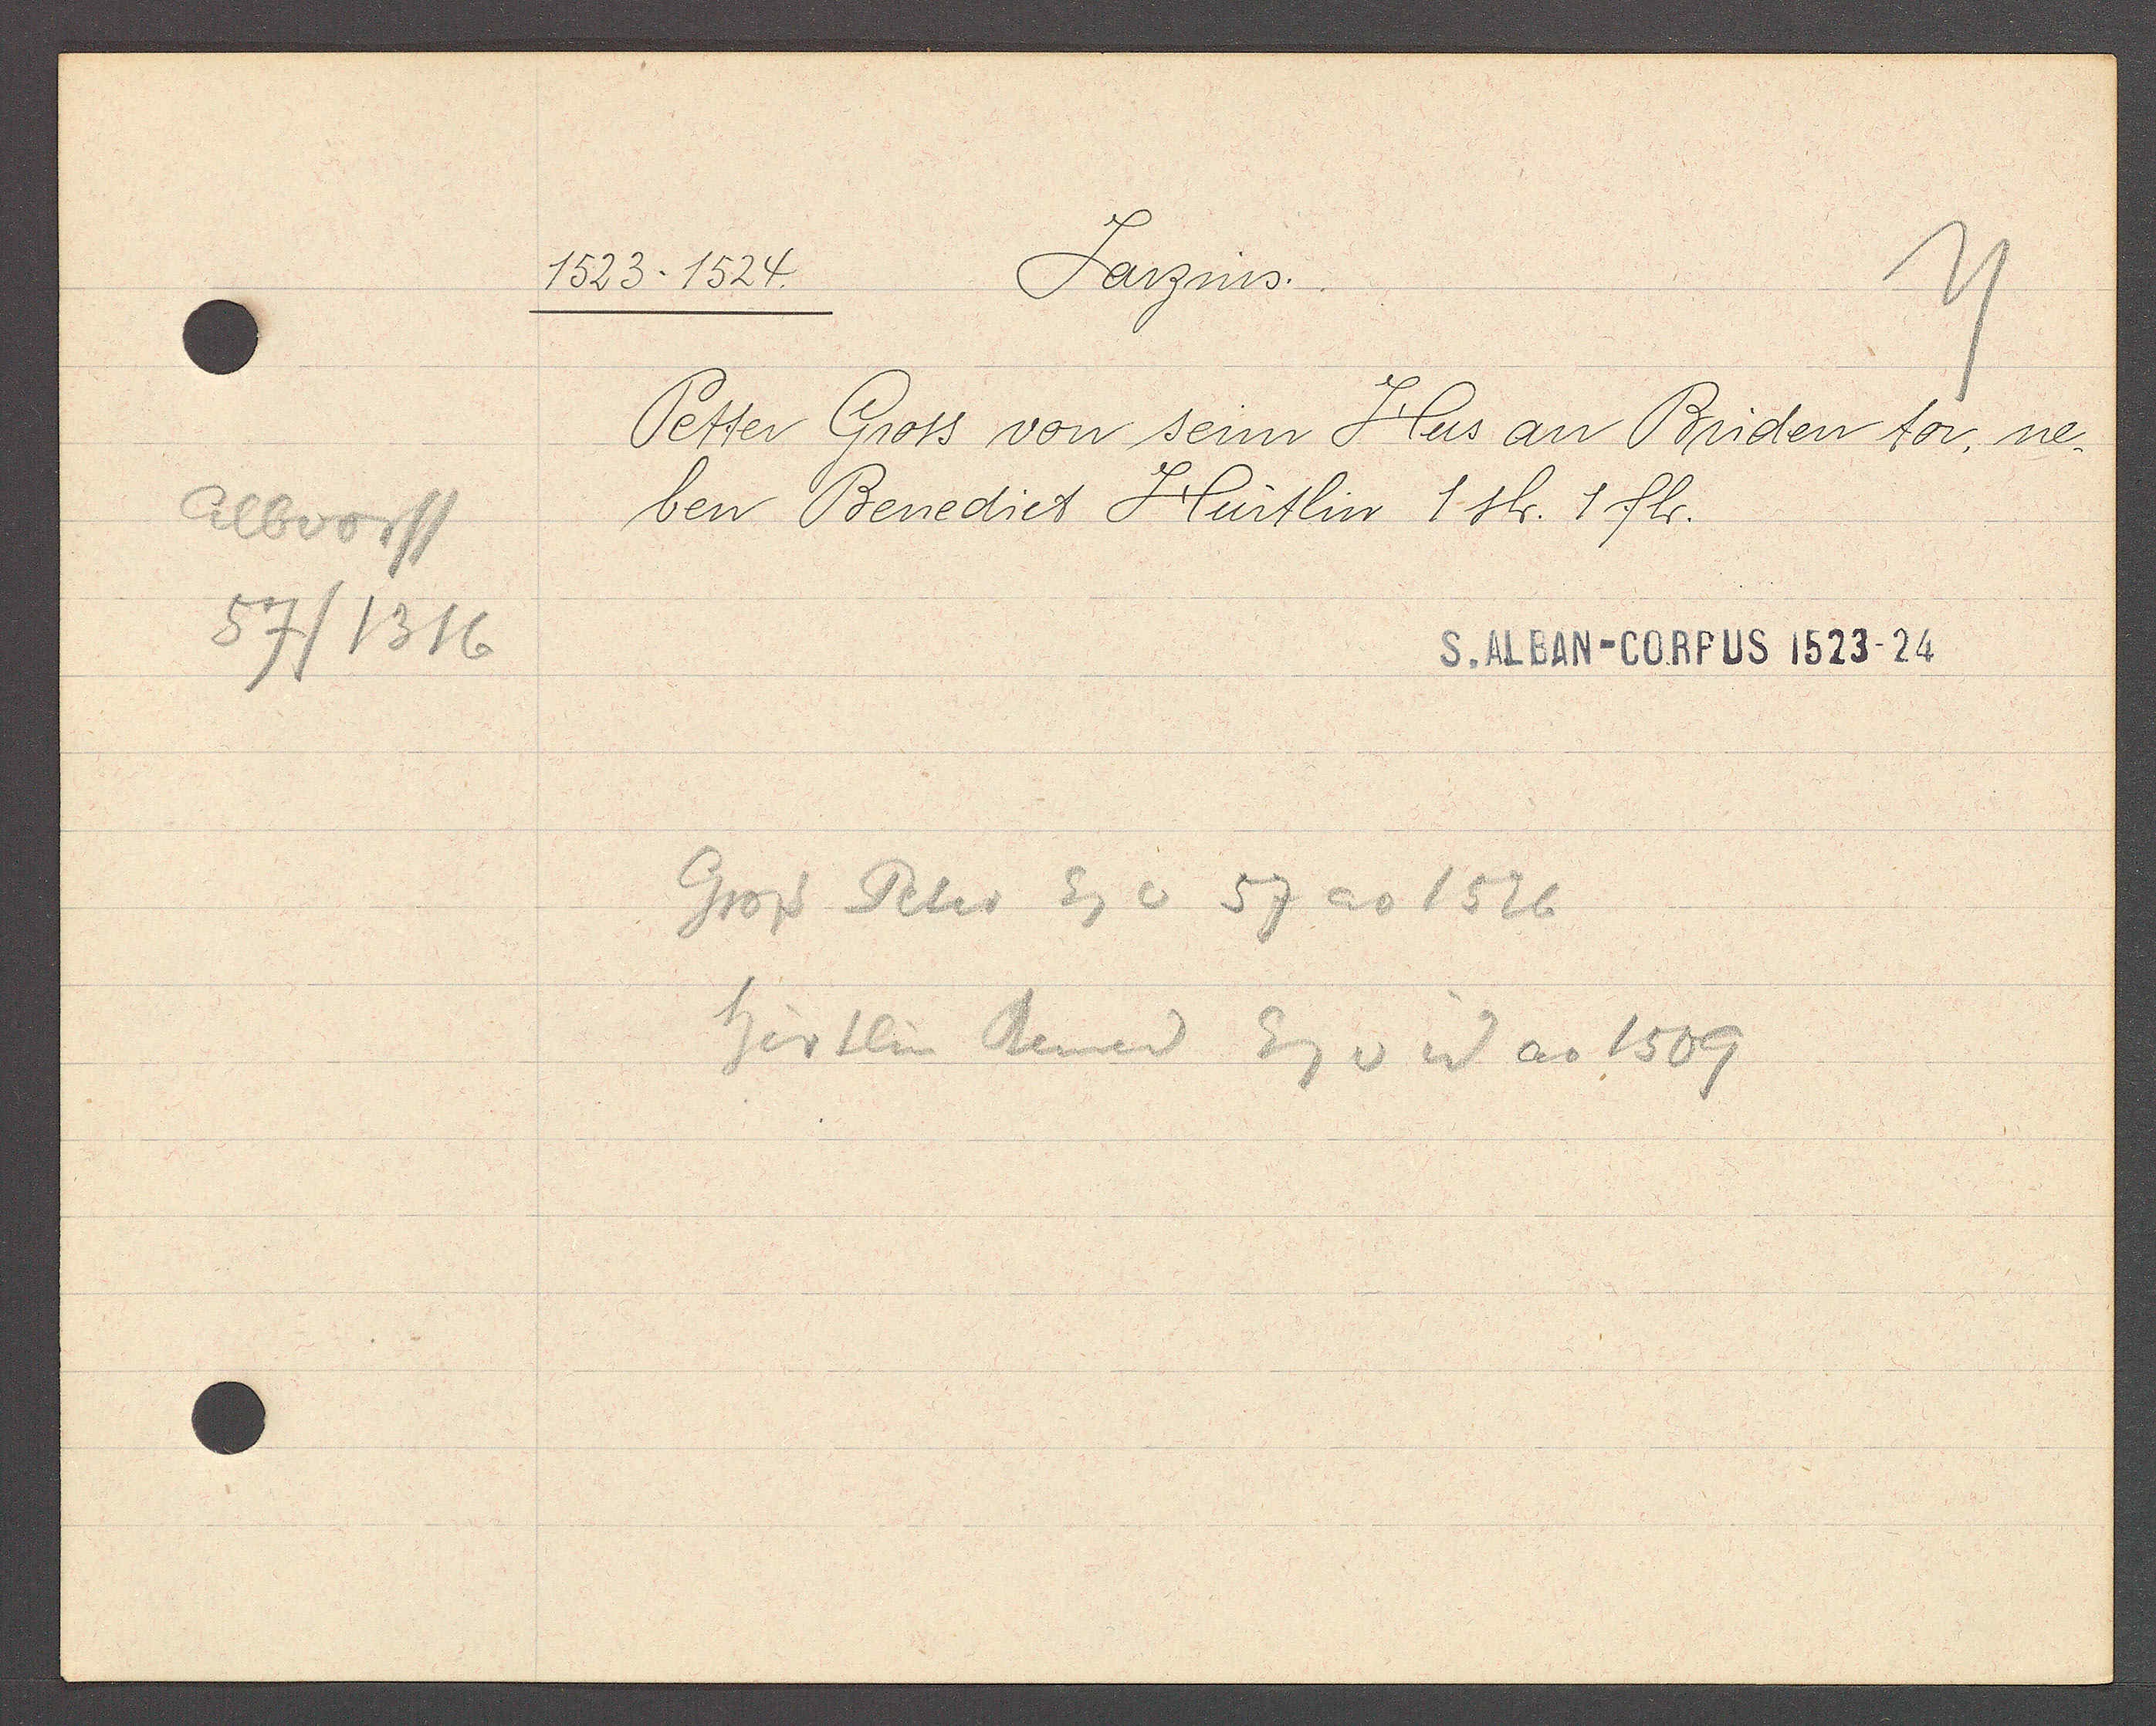
Transcript:
Albvorst
57/1316

1523-1524.
Jarzins.

Petter Gross von seim Hus an Briden tor, ne¬
ben Benedict Hürtlin 1 sh. 1 fl.

Gross Peter Eg v 57 ao 1526
Hürtlin Bened Eg v id ao 1509

S. ALBAN-CORPUS 1523-24